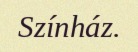
Színház.